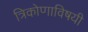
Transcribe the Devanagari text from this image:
त्रिकोणाविषयी